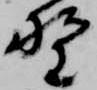
野